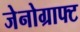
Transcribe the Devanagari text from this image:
जेनोग्राफ्ट